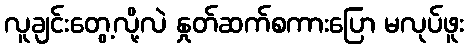
လူချင်းတွေ့လို့လဲ နှုတ်ဆက်စကားပြော မလုပ်ဖူး